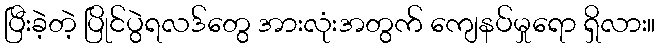
ပြီးခဲ့တဲ့ ပြိုင်ပွဲရလဒ်တွေ အားလုံးအတွက် ကျေနပ်မှုရော ရှိလား။